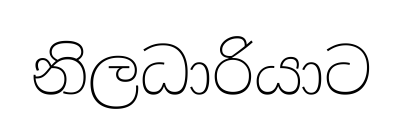
නිලධාරියාට